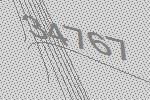
34767